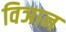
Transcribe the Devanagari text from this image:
विञान